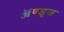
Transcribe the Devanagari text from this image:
ॲण्डूज